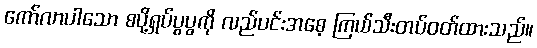
ကော်လာပါသော စပို့ရှပ်ပွပွကို လည်ပင်းအစေ့ ကြယ်သီးတပ်ဝတ်ထားသည်။